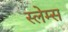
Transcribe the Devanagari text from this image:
स्लेम्स